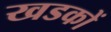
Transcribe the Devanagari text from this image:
खडकों